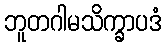
ဘူတဂါမသိက္ခာပဒံ